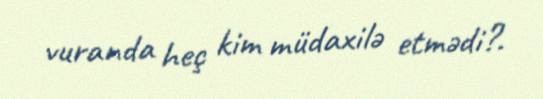
vuranda heç kim müdaxilə etmədi?.